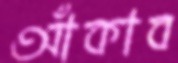
আঁকাব